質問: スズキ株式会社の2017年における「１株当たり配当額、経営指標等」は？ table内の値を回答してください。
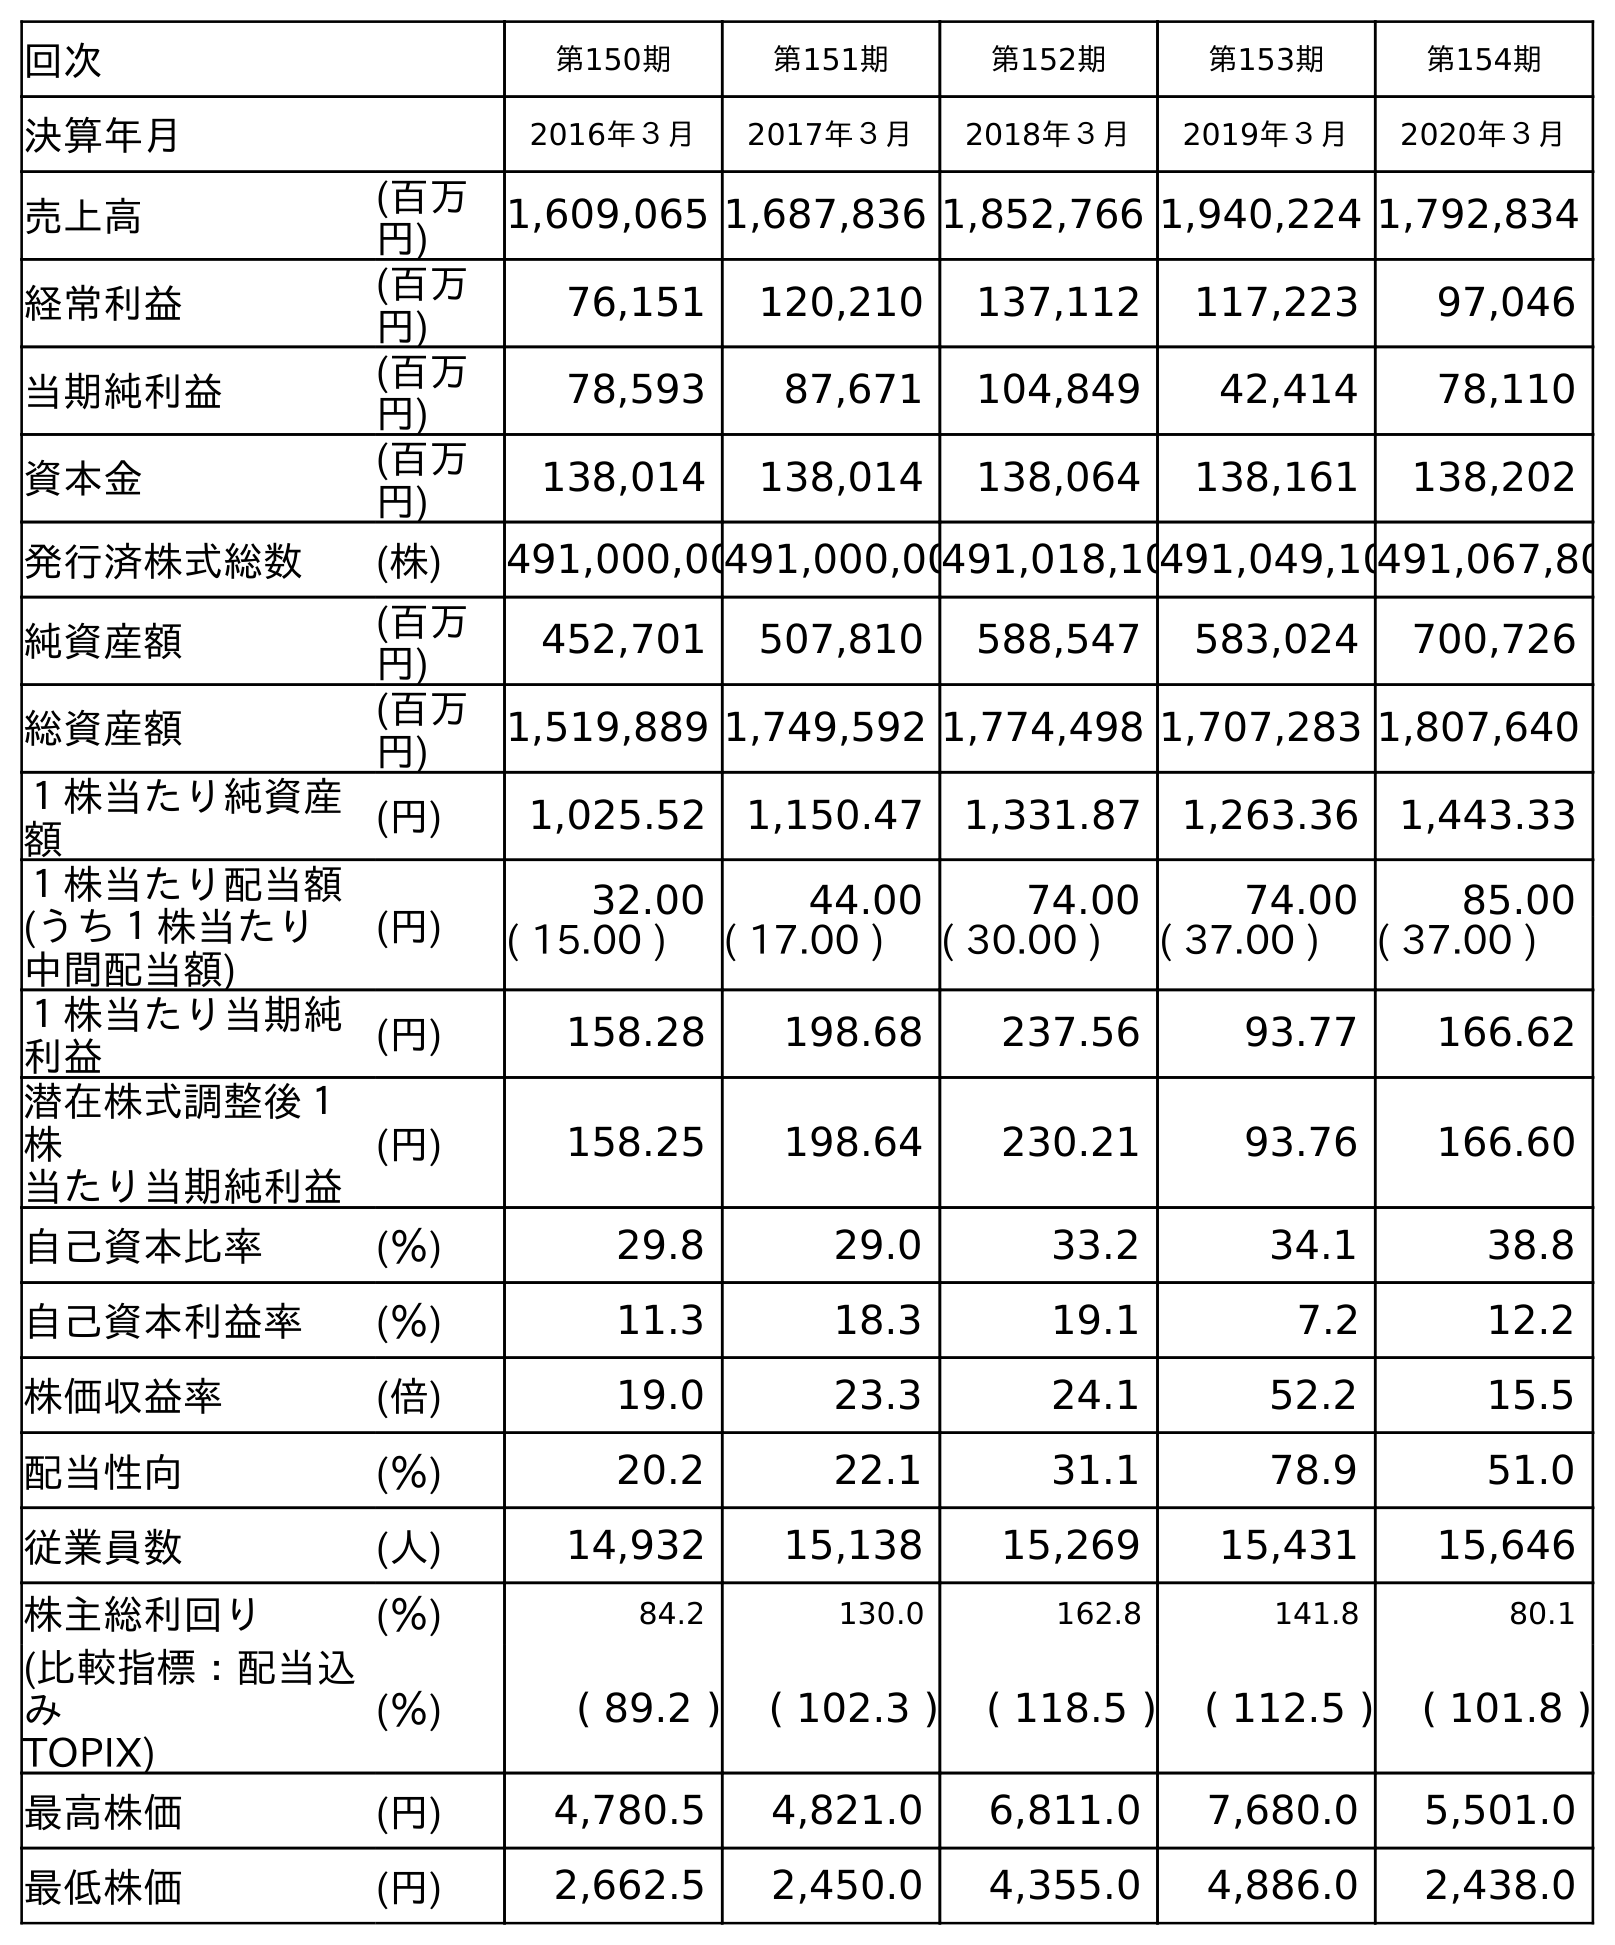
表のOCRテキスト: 回次 第150期 第151期 第152期 第153期 第154期 決算年月 2016年３月 2017年３月 2018年３月 2019年３月 2020年３月 売上高 (百万 円) 1,609,065 1,687,836 1,852,766 1,940,224 1,792,834 経常利益 (百万 円) 76,151 120,210 137,112 117,223 97,046 当期純利益 (百万 円) 78,593 87,671 104,849 42,414 78,110 資本金 (百万 円) 138,014 138,014 138,064 138,161 138,202 発行済株式総数 (株) 491,000,00491,000,00491,018,10491,049,10491,067,80 純資産額 (百万 円) 452,701 507,810 588,547 583,024 700,726 総資産額 (百万 円) 1,519,889 1,749,592 1,774,498 1,707,283 1,807,640 １株当たり純資産 額 (円) 1,025.52 1,150.47 1,331.87 1,263.36 1,443.33 １株当たり配当額 (うち１株当たり 中間配当額) (円) 32.00 44.00 74.00 74.00 85.00 ( 15.00 ) ( 17.00 ) ( 30.00 ) ( 37.00 ) ( 37.00 ) １株当たり当期純 利益 (円) 158.28 198.68 237.56 93.77 166.62 潜在株式調整後１ 株 当たり当期純利益 (円) 158.25 198.64 230.21 93.76 166.60 自己資本比率 (％) 29.8 29.0 33.2 34.1 38.8 自己資本利益率 (％) 11.3 18.3 19.1 7.2 12.2 株価収益率 (倍) 19.0 23.3 24.1 52.2 15.5 配当性向 (％) 20.2 22.1 31.1 78.9 51.0 従業員数 (人) 14,932 15,138 15,269 15,431 15,646 株主総利回り (％) 84.2 130.0 162.8 141.8 80.1 (比較指標：配当込 み TOPIX) (％) ( 89.2 ) ( 102.3 ) ( 118.5 ) ( 112.5 ) ( 101.8 ) 最高株価 (円) 4,780.5 4,821.0 6,811.0 7,680.0 5,501.0 最低株価 (円) 2,662.5 2,450.0 4,355.0 4,886.0 2,438.0
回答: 44.00